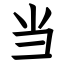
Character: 当